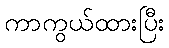
ကာကွယ်ထားပြီး